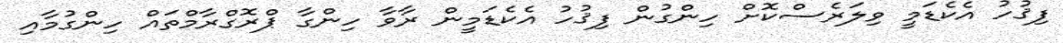
ފިޤުހު އެކެޑަމީ ވިލަރެސްކޮށް ހިންގުން ފިޤުހު އެކެޑަމީން ރާވާ ހިންގާ ޕްރޮގްރާމްތައް ހިންގުމާއި